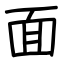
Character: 面